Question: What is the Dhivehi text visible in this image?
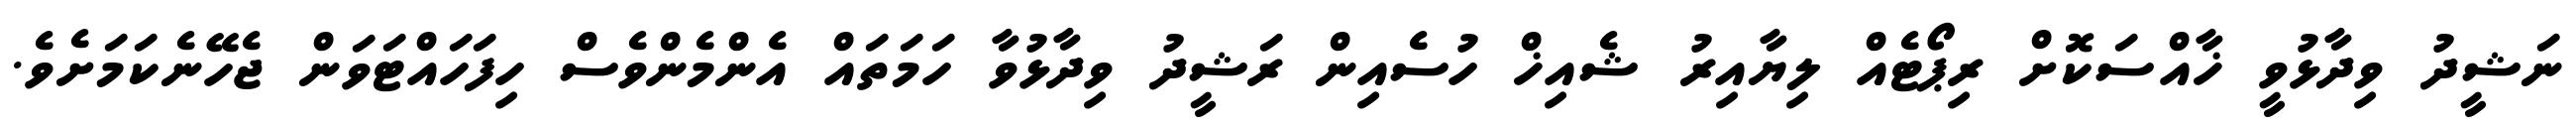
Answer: ނަޝީދު ވިދާޅުވީ ޚާއްސަކޮށް ރިޕޯޓެއް ލިޔާއިރު ޝެއިޚް ހުސެއިން ރަޝީދު ވިދާޅުވާ ހަމަތައް އެންމެންވެސް ހިފަހައްޓަވަން ޖެހޭނެކަމަށެވެ.